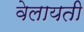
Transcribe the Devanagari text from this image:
वेलायती